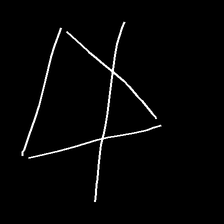
Glyph: empower